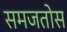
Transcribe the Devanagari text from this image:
समजतोस